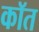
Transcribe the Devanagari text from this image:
कॉत